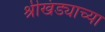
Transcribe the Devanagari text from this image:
श्रीखंड्याच्या